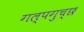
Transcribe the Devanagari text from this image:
गल्पगुच्छ